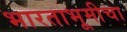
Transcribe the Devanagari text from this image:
भारताभूमीचा